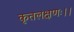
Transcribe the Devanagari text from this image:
कृतलक्षणः।।